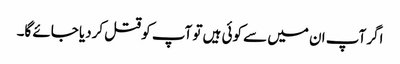
اگر آپ ان میں سے کوئی ہیں تو آپ کو قتل کردیا جائے گا۔